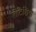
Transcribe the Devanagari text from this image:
लेटिशिया